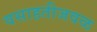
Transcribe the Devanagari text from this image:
वसाहतीजवळ